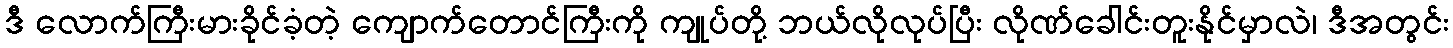
ဒီ လောက်ကြီးမားခိုင်ခံ့တဲ့ ကျောက်တောင်ကြီးကို ကျုပ်တို့ ဘယ်လိုလုပ်ပြီး လိုဏ်ခေါင်းတူးနိုင်မှာလဲ၊ ဒီအတွင်း